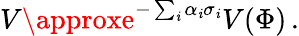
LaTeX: V\approxe^{-\sum_{\mathit{i}}\alpha_{\mathit{i}}\sigma_{\mathit{i}}}V(\Phi)\, .